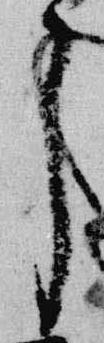
了